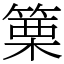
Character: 篥